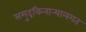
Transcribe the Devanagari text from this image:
समुद्रकिनार्‍यालगत